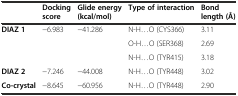
|  | Docking score | Glide energy (kcal/mol) | Type of interaction | Bond length (Å) |
 | --- | --- | --- | --- | --- |
 | DIAZ 1 | −6.983 | −41.286 | N-H...O (CYS366) | 3.11 |
 |  |  |  | O-H...O (SER368) | 2.69 |
 |  |  |  | N-H...O (TYR415) | 3.18 |
 | DIAZ 2 | −7.246 | −44.008 | N-H...O (TYR448) | 3.02 |
 | Co-crystal | −8.645 | −60.956 | N-H...O (TYR448) | 2.90 |